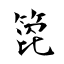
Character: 箆